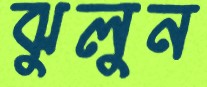
ঝুলুন